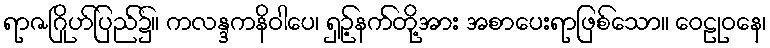
ရာဇဂြိုဟ်ပြည်၌။ ကလန္ဒကနိဝါပေ၊ ရှဉ့်နက်တို့အား အစာပေးရာဖြစ်သော။ ဝေဠုဝနေ၊